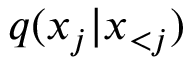
q ( x _ { j } | \boldsymbol { x } _ { < j } )